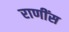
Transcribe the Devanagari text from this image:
राणींस